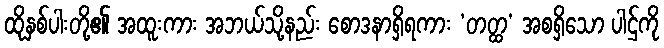
ထိုနှစ်ပါးတို့၏ အထူးကား အဘယ်သို့နည်း စောဒနာရှိရကား ‘တတ္ထ’ အစရှိသော ပါဌ်ကို